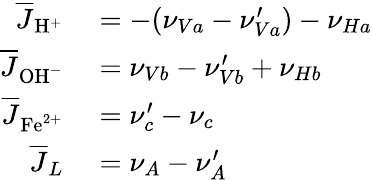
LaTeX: \begin{array}{rl}{\overline{{J}}_{\mathrm{H}^{+}}}&{{}=-(\nu_{Va}-\nu_{Va}^{\prime})-\nu_{Ha}}\\ {\overline{{J}}_{\mathrm{OH}^{-}}}&{{}=\nu_{Vb}-\nu_{Vb}^{\prime}+\nu_{Hb}}\\ {\overline{{J}}_{\mathrm{Fe}^{2+}}}&{{}=\nu_{c}^{\prime}-\nu_{c}}\\ {\overline{{J}}_{L}}&{{}=\nu_{A}-\nu_{A}^{\prime}}\end{array}